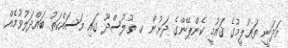
މަދަނީ ތަޢުލީމުގެ ޤައުމީ ކެންޕޭންގެ ދަށުން ކ. ތުލުސްދޫ ގައި މަސައްކަތު ބައްދަލުވުމެއް